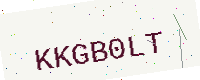
Text: KKGB0LT